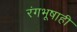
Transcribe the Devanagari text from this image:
रंगभूषाही